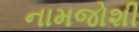
નામજોશી